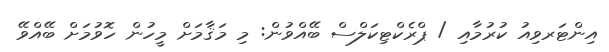
އިންޓަރވިއު ކުރުމާއި / ޕްރެކްޓިކަލްސް ބޭއްވުން: މި މަޤާމަށް މީހުން ހޮވުމަށް ބޭއްވޭ